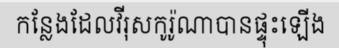
កន្លែងដែលវីរុសកូរ៉ូណាបានផ្ទុះឡើង